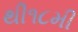
થી૧૮મી